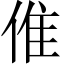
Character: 倠